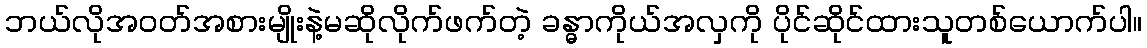
ဘယ်လိုအ၀တ်အစားမျိုးနဲ့မဆိုလိုက်ဖက်တဲ့ ခန္ဓာကိုယ်အလှကို ပိုင်ဆိုင်ထားသူတစ်ယောက်ပါ။